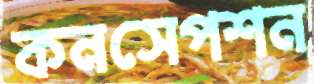
কনসেপশন